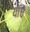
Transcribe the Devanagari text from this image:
यांचेे